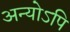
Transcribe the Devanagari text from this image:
अन्योऽपि